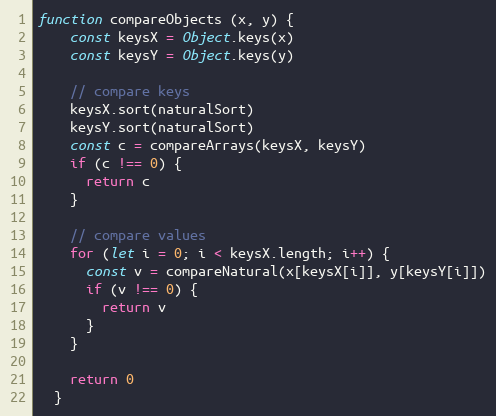
Language: JavaScript
function compareObjects (x, y) {
    const keysX = Object.keys(x)
    const keysY = Object.keys(y)

    // compare keys
    keysX.sort(naturalSort)
    keysY.sort(naturalSort)
    const c = compareArrays(keysX, keysY)
    if (c !== 0) {
      return c
    }

    // compare values
    for (let i = 0; i < keysX.length; i++) {
      const v = compareNatural(x[keysX[i]], y[keysY[i]])
      if (v !== 0) {
        return v
      }
    }

    return 0
  }